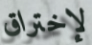
لإختراق